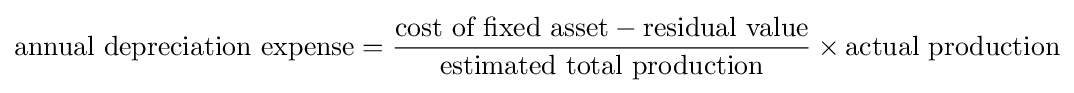
{\mbox{annual depreciation expense}}={{\mbox{cost of fixed asset}}-{\mbox{residual value}} \over {\mbox{estimated total production}}}\times {\mbox{actual production}}